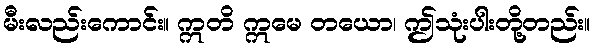
မီးလည်းကောင်း။ ဣတိ ဣမေ တယော၊ ဤသုံးပါးတို့တည်း။